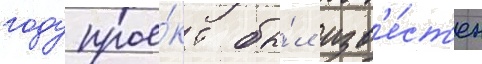
году прое́кт бы́л изв'е́ст'ен